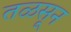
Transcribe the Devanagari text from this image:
तळसून